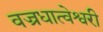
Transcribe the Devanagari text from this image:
वज्रधात्वेश्वरी